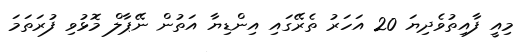
މިއީ ފާއިތުވެދިޔަ 20 އަހަރު ތެރޭގައި އިންޑިޔާ އަތުން ނޭޕާލް މޮޅުވި ފުރަތަމަ